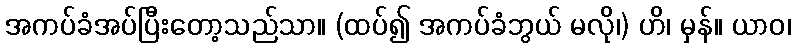
အကပ်ခံအပ်ပြီးတော့သည်သာ။ (ထပ်၍ အကပ်ခံဘွယ် မလို၊) ဟိ၊ မှန်။ ယာဝ၊